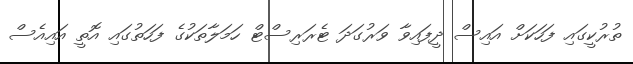
ތުރުކީގައި ފަހަކަށް އައިސް ދީފައިވާ ވަރުގަދަ ޓެރަރިސްޓް ހަމަލާތަކުގެ ފަހަތުގައި އޮތީ އައިއެސް